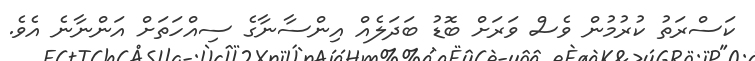
ކަސްރަތު ކުރުމުން ވެސް ވަރަށް ބޮޑު ބަދަލެއް އިންސާނާގެ ސިއްހަތަށް އަންނާނެ އެވެ.